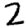
Digit: 2